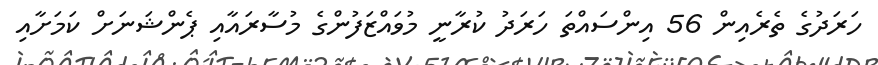
ހަރަދުގެ ތެރެއިން 56 އިންސައްތަ ހަރަދު ކުރާނީ މުވައްޒަފުންގެ މުސާރައާއި ޕެންޝަނަށް ކަމަށާއި